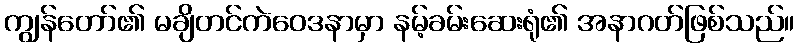
ကျွန်တော်၏ မချိတင်ကဲဝေဒနာမှာ နမ့်ခမ်းဆေးရုံ၏ အနာဂတ်ဖြစ်သည်။